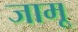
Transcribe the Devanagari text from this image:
जामू